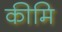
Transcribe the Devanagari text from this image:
कीमि